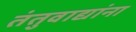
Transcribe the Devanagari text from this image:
तंतुवाद्यांना